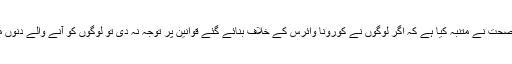
اس سلسلے میں سعودی وزیر صحت نے متنبہ کیا ہے کہ اگر لوگوں نے کورونا وائرس کے خلاف بنائے گئے قوانین پر توجہ نہ دی تو لوگوں کو آنے والے دنوں میں زیادہ ہلاکتیں نظر آئیں گی۔